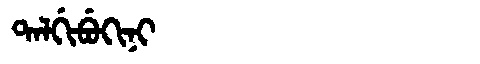
Manchu: ᡨᠠᠯᡤᡳᠪᡠᡴᡳᠨᡳ
Romanization: TALGIBUKINI